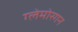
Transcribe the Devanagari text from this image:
ग्लेमोरगन